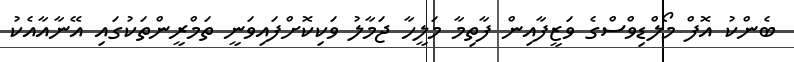
ބެންކު އޮފް މޯލްޑިވްސްގެ ވަޒީފާއިން ފާތިމާ މަލީހާ ޖަމާލު ވަކިކޮށްފައިވަނީ ތަމްރީންތަކުގައި އޭނާއާއެކު